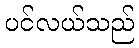
ပင်လယ်သည်